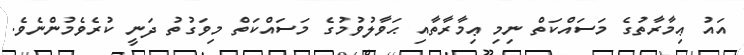
އައު ޢިމާރާތުގެ މަސައްކަތް ނިމި ޢިމާރާތާއި ޙަވާލުވުމުގެ މަސައްކަތް މިވަގުތު ދަނީ ކުރެވެމުންނެވެ.